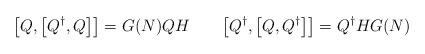
\begin{align*}\bigl[Q, \bigl[Q^{\dagger},Q\bigr] \bigr] = G(N) Q H \qquad \bigl[Q^{\dagger}, \bigl[Q,Q^{\dagger}\bigr] \bigr] = Q^{\dagger} H G(N) \end{align*}